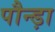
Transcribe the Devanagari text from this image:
पौन्ड़ा